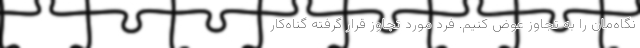
نگاه‌مان را به تجاوز عوض کنیم. فرد مورد تجاوز قرار گرفته گناه‌کار